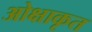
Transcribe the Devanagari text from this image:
ओक्षाकृत